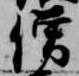
僧